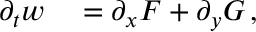
\begin{array} { r l } { \partial _ { t } w } & { { } = \partial _ { x } F + \partial _ { y } G \, , } \end{array}